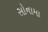
સોનામા